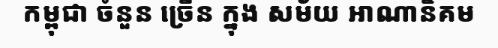
កម្ពុជា ចំនួន ច្រើន ក្នុង សម័យ អាណានិគម